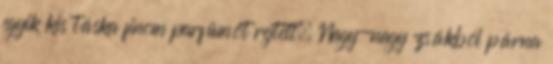
egyik kis táska finom parfümöt rejtett. Nagy-nagy zsákból párna